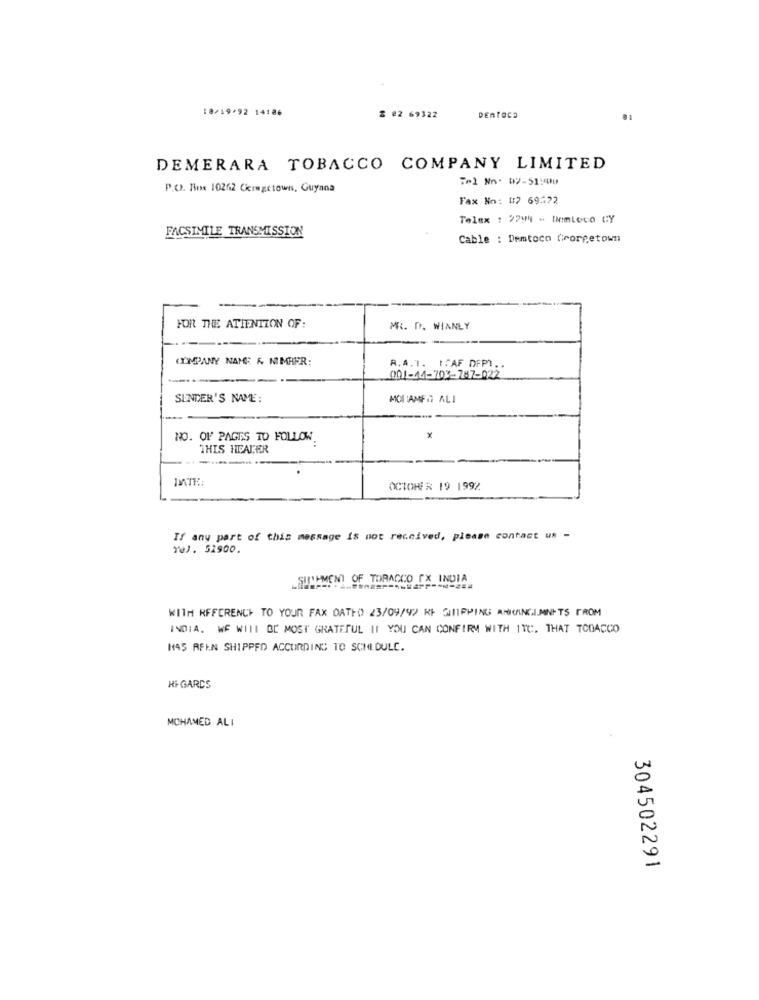
18/19/92 14186
2 02 69322
DERPOCO
DEMERARA TOBACCO COMPANY LIMITED
Tel No. 09-51:00
P.O. Box 10262 Ckimgctowns, Guyana
Fax No: #7 69322
Telex : 2799 - liemLoco CY
FACSIMILE TRANSMISSION
Cable : Demtoco Crornetown
FOR THE ATTENTION OF:
ML. D. WIANLY
COMPANY NAME & MMAER:
R.A.T. ITAF DFP) ..
001-11-703-787-022
SENDER'S NAME:
MOHAMED ALI
NO. OF PAGES TO FOLLOW
THIS HEADER
OCTOBER 19 1992
If any part of this message is not received, please contact us -
Tel. 51900.
SHIPMENT OF TORACCO [X INDIA
WITH REFERENCE TO YOUR FAX DATHD 23/09/92 R$ SHIPPING ANHANGIMNETS FROM
INDIA. WE WILL DE MOST GRATEFUL I1 YOU CAN CONFIRM WITH ITC. THAT TODACCO
145 REIN SHIPPED ACCORDING TO SCHEDULE.
HI-GARDS
MOHAMED ALI
304502291